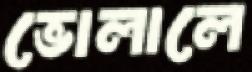
ভোলালে